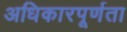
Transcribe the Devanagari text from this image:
अधिकारपूर्णता